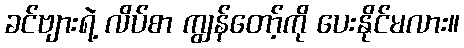
ခင်ဗျားရဲ့ လိပ်စာ ကျွန်တော့်ကို ပေးနိုင်မလား။